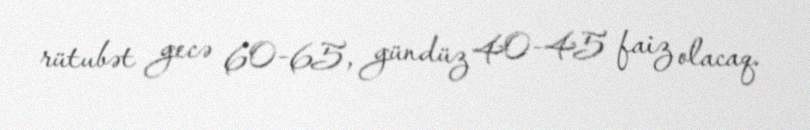
rütubət gecə 60-65, gündüz 40-45 faiz olacaq.